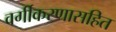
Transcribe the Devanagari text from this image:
वर्गीकरणासहित